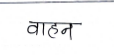
मजकूर: वाहन